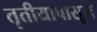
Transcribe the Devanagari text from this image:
तृतीयापासून